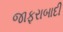
જાફરાબાદી